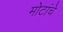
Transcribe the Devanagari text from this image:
मोटांचे